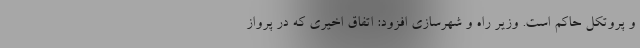
و پروتکل حاکم است. وزیر راه و شهرسازی افزود: اتفاق اخیری که در پرواز